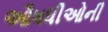
ઔષધીઓની